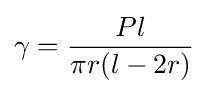
\gamma ={\frac {Pl}{\pi r(l-2r)}}~